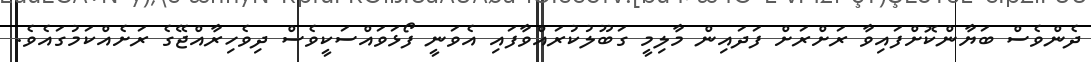
ދެންވެސް ބަޔާންކޮށްފައިވާ ރަށްރަށް ފަދައިން މާލިމީ ގަބޫލުކުރައްވާފައި އެވަނީ ފޯޅަވައްސަކީވެސް ދިވެހިރާއްޖޭގެ ރަށެއްކަމުގައެވެ.